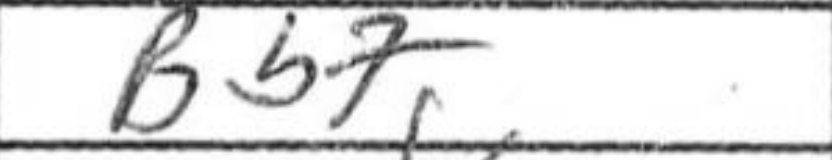
Transcription: Bb7